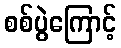
စစ်ပွဲကြောင့်